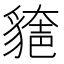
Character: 𧳾